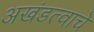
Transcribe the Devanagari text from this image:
अखंडत्वाचे